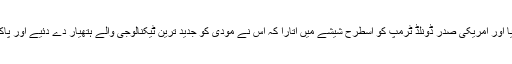
دو ماہ پہلے مودی نے امریکہ کا چکر لگایا اور امریکی صدر ڈونلڈ ٹرمپ کو اسطرح شیشے میں اتارا کہ اس نے مودی کو جدید ترین ٹیکنالوجی والے ہتھیار دے دئیے اور پاکستان کیخلاف ہر قسم کا پروپیگنڈا قبول کیا۔